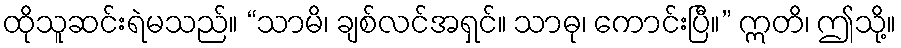
ထိုသူဆင်းရဲမသည်။ “သာမိ၊ ချစ်လင်အရှင်။ သာဓု၊ ကောင်းပြီ။” ဣတိ၊ ဤသို့။